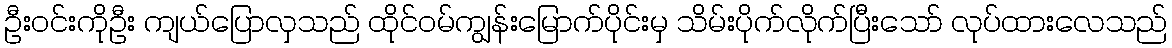
ဦးဝင်းကိုဦး ကျယ်ပြောလှသည် ထိုင်ဝမ်ကျွန်းမြောက်ပိုင်းမှ သိမ်းပိုက်လိုက်ပြီးသော် လုပ်ထားလေသည်